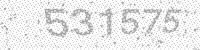
Solution: 531575